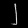
Digit: ၂